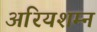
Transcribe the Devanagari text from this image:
अरियशम्न